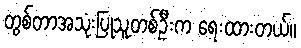
တွစ်တာအသုံးပြုသူတစ်ဦးက ရေးထားတယ်။